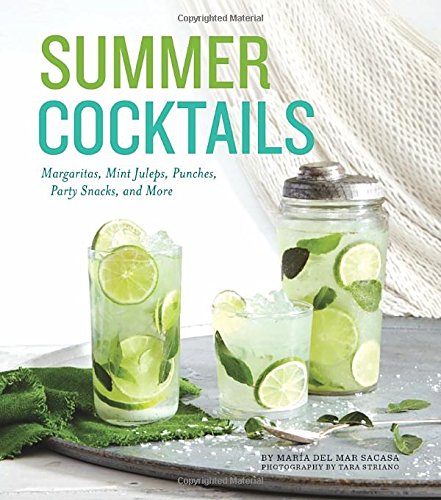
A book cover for Summer Cocktails: Margaritas, Mint Juleps, Punches, Party Snacks, and More; Maria del Mar Sacasa; Cookbooks, Food & Wine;